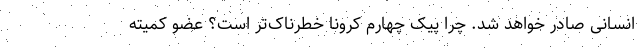
انسانی صادر خواهد شد. چرا پیک چهارم کرونا خطرناک‌تر است؟ عضو کمیته